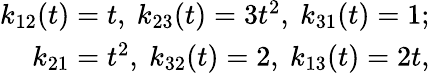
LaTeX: \begin{array}{r}{k_{12}(t)=t,~k_{23}(t)=3t^{2},~k_{31}(t)=1;}\\ {k_{21}=t^{2},~k_{32}(t)=2,~k_{13}(t)=2t,}\end{array}